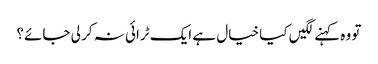
تو وہ کہنے لگیں کیا خیال ہے ایک ٹرائی نہ کر لی جائے؟